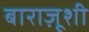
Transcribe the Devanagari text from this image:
बाराज़ूशी